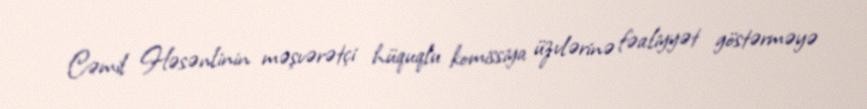
Cəmil Həsənlinin məşvərətçi hüquqlu komissiya üzvlərinə fəaliyyət göstərməyə